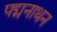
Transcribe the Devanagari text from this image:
पद्मनाथन